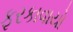
ફરકાવાયો